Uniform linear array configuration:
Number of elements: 64
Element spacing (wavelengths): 1
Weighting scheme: kaiser
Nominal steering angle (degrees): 0
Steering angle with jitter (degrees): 0.9709
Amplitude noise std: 0.05
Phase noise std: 0.05

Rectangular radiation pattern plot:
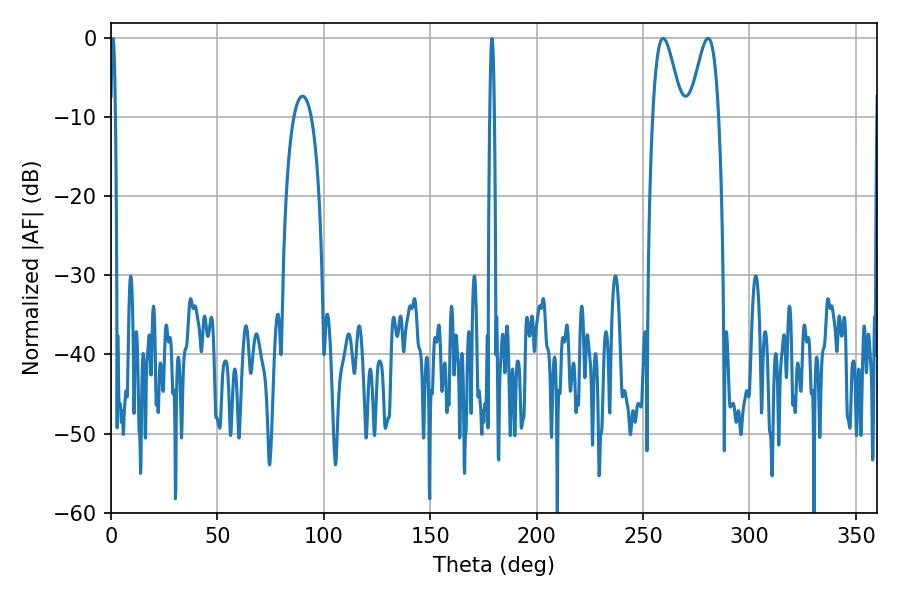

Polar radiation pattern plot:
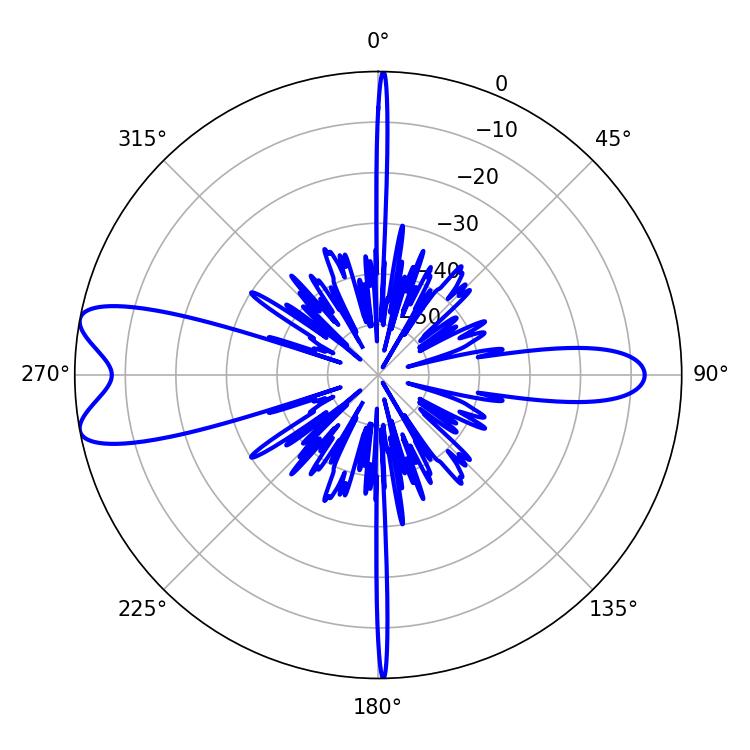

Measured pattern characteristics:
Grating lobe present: TRUE
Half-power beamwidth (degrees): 7.2
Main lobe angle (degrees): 280.62